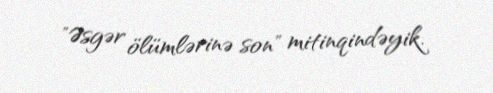
"Əsgər ölümlərinə son" mitinqindəyik.